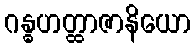
ဂန္ဓဟတ္ထာဇာနိယော